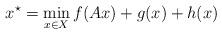
LaTeX: \begin{align*} x^\star = \min_{x \in X} f(Ax) + g(x) + h(x)\end{align*}